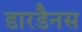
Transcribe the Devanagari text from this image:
डारडैनस